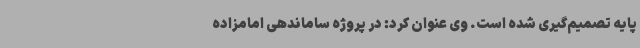
پایه تصمیم‌گیری شده است. وی عنوان کرد: در پروژه ساماندهی امامزاده